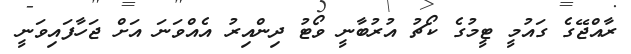
ރާއްޖޭގެ ގައުމީ ޓީމުގެ ކޯޗު އުރުބާނީ ވޯޓު ދިންއިރު އެއްވަނަ އަށް ޖަހާފައިވަނީ